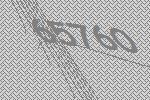
65760